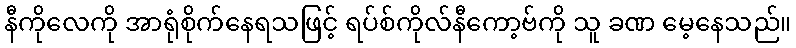
နီကိုလေကို အာရုံစိုက်နေရသဖြင့် ရပ်စ်ကိုလ်နီကော့ဗ်ကို သူ ခဏ မေ့နေသည်။